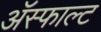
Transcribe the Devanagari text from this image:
ॲस्फाल्ट